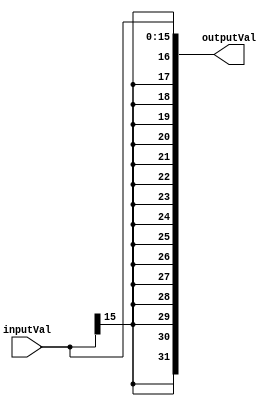
//************************************************************************************************************
//              Team: Atari VCS 
//              Members: Shahnaz Vatank
//                       Adrian Rodriguez                                                               
//                       Steven Cardenas
//                       Jazmin Munoz   
//              Code: teamatarivcs_cpu.v
//  		EE 4379 Computer Architecture                
//  		Lab #4: CPU Data Path and Control Path                                  
//************************************************************************************************************

// Sign extender
module signextend(input wire [15:0] inputVal, output wire [31:0] outputVal);

    assign outputVal = { {16{inputVal[15]}}, inputVal };

endmodule

// 32-bit 2 to 1 Multiplexer
module twotoonemux(input wire [31:0] input1, input wire [31:0] input2, input wire sel, output wire [31:0] outputval);

    assign outputval = (sel == 0) ? input1 : input2;

endmodule

// 32-bit 2 to 1 Multiplexer
module twotoonemux2(input wire [31:0] input1, input wire [31:0] input2, input wire sel, output wire [31:0] outputval);

    assign outputval = (sel == 0) ? input1 : input2;

endmodule

// 5-bit 2 to 1 Multiplexer
module twotoonemux_5bit(input wire [4:0] input1, input wire [4:0] input2, input wire sel, output wire [4:0] outputval);

    assign outputval = (sel == 0) ? input1 : input2;

endmodule

// Arithmetic Logic Unit
module alu(input wire [31:0] op1,input wire [31:0] op2,input wire [3:0] ctrl,output wire [31:0] result);

	assign result = (ctrl == 4'b0000) ? (op1 & op2) : ((ctrl == 4'b0001) ? (op1 | op2) : 
		((ctrl == 4'b0010) ? (op1 + op2) : ((ctrl == 4'b0110) ? (op1 - op2) : 
		((ctrl == 4'b0111) ? ((op1 < op2) ? 1 : 0) : ((ctrl == 4'b1100) ? (~(op1 | op2)) : (op1 + op2)) ) ) ) );

endmodule

// ALU Control
module alucontrol(input wire [5:0] func, input wire [1:0] aluOp, output wire [3:0] aluctrl);
        
		reg [3:0] aluSupport;
		
		always @ * begin    
        if(((func == 6'd32)&&(aluOp == 2'd2)) || (aluOp == 2'd0)) begin
        
            aluSupport = 4'd2; // Add or LW/SW
    
        end else if ((func == 6'd34)&&(aluOp == 2'd2)) begin
        
            aluSupport = 4'd6; // Subtract
        
        end else if ((func == 6'd36)&&(aluOp == 2'd2)) begin
        
            aluSupport = 4'd0; // AND
        
        end else if ((func == 6'd37)&&(aluOp == 2'd2)) begin
        
            aluSupport = 4'd1; // OR
        
        end else if ((func == 6'd39)&&(aluOp == 2'd2)) begin
        
            aluSupport = 4'd12; // NOR
        
        end else if ((func == 6'd42)&&(aluOp == 2'd2)) begin  
            aluSupport = 4'd7;  // SLT
        end   
    end 
	
	assign aluctrl = aluSupport;		

endmodule


// Register File
module registerfile(input wire rst, input wire [4:0] readReg1, input wire [4:0] readReg2, input wire [4:0] writeReg, 
    input wire [31:0] writeData, input wire regWrite, output reg [31:0] readData1, output reg [31:0] readData2);

    // Register file
    reg [31:0] register[31:0];

    integer i;

    always @(posedge rst)
    begin
        for(i=0;i<32;i=i+1)
        begin
            register[i] = 0;
        end
    end

    always @(readReg1)
    begin
        readData1 = register[readReg1];
    end

    always @(readReg2)
    begin
        readData2 = register[readReg2];
    end

    always @(posedge regWrite)
    begin
    	if(writeReg != 0)
        	register[writeReg] = writeData;
    end

endmodule

// Data Memory
module datamem(input wire rst, input wire [6:0] memAddr, input wire memRead, input wire memWrite, 
    input wire [31:0] writeData, output reg [31:0] readData);

    // Memory
    reg [31:0] memory[127:0];

    integer i;

    always @(posedge rst)
    begin
        for(i=0;i<128;i=i+1)
        begin
            memory[i] = 0;
        end
    end

    always @(posedge memRead)
    begin
        readData = memory[memAddr];
    end

    always @(posedge memWrite)
    begin
        memory[memAddr] = writeData;
    end

endmodule

// FSM portion of Control Path (RegWrite, MemRead, MemWrite)     
module controlpathfsm(input wire rst, input wire clk, input wire newInstruction, input wire [5:0] opcode, 
                        output reg _RegWrite, output reg _MemRead, output reg _MemWrite);
   
	reg[1:0] state; // State Indicator
	
	always @(posedge rst)
	begin
		_RegWrite = 0;
		_MemRead = 0;
		_MemWrite = 0;
	end
	
	always @(posedge newInstruction) // Reset FSM state to state 0
	begin
		state = 2'd0;
        _RegWrite = 0;
        _MemRead = 0;
        _MemWrite = 0;
	end
	
	always @(posedge clk)
	begin
		
		case(state)

			2'd0:	if (opcode==6'd0)  // add, sub, and, or
					begin
						_RegWrite = 1;
						_MemRead = 0;
						_MemWrite = 0;
						state = 2'd1;
					end
		
				else if (opcode==6'd35)  //lw 
					begin
						_MemRead = 1;					
						#1 _RegWrite = 1; // This happens after in the write back stage
						_MemWrite = 0;
						state = 2'd1;
					end
		
				else if (opcode==6'd43) //sw
					begin
						_RegWrite = 0;
						_MemRead = 0;
						_MemWrite = 1;					
						state = 2'd1;
					
					end
						
			4'd1: // Stay here until there is a new instruction
				begin
					state = 4'd1;
				end
			
		
	endcase
	end
			                     
endmodule

// Combinational logic portion of Control Path (MemToReg, RegDst, ALUSrc, ALUOp)
module controlpathcomb(input wire [5:0] opcode, output wire _MemToReg, 
                    output wire _RegDst, output wire _ALUSrc, output wire [1:0] _ALUOp);

reg memtoreg;
reg regdst;
reg alusrc;
reg[1:0] aluop;

 always @ * begin    

        if(opcode == 6'd0) //ALL R-Types, ADD, SUB, AND, and OR
        begin

        memtoreg   = 1'd0;
        regdst     = 1'd1;
        alusrc     = 1'd0;
        aluop      = 2'd2;
       
        end 

        else if(opcode == 6'd35) //LW
        begin
        
        memtoreg   = 1'd1;
        regdst     = 1'd0;
        alusrc     = 1'd1;
        aluop      = 2'd0;
       
        end 

        else if(opcode == 6'd43) //SW
        begin
        
        memtoreg   = 1'd0; //don't care
        regdst     = 1'd0; //don't care
        alusrc     = 1'd1;
        aluop      = 2'd0;
       
        end 
    end

assign  _MemToReg   = memtoreg;
assign  _RegDst     = regdst;
assign  _ALUSrc     = alusrc;
assign  _ALUOp      = aluop;
                    
endmodule

// The entire CPU without PC, instruction memory, and branch circuit
module mipscpu(input wire reset, input wire clock, input wire [31:0] instrword, input wire newinstr);

    wire rst = reset;   // Reset Signal
    wire clk = clock;   // Clock Signal
    wire newInstruction = newinstr;     // Used to signal a new instruction

    // Initializations
    
    // FSM Control Path
    wire [5:0] FSMOpcode = instrword[31:26];
    wire _RegWrite;
    wire _MemRead;
    wire _MemWrite;

    // Combination Logic Portion of Control path
    wire [5:0] CombOpcode = instrword[31:26];
    wire _MemToReg;
    wire _RegDst;
    wire _ALUSrc;
    wire [1:0] _ALUOp;

    // ALU Control
    wire [5:0] func = instrword[5:0];
    wire [1:0] aluOp = _ALUOp;
    wire [3:0] aluctrl;

    // Sign Extend 
    wire [15:0] inputVal = instrword[15:0];
    wire [31:0] outputVal;
    
    // 5-bit 2 to 1
    wire [4:0] mux_5in1 = instrword[20:16];
    wire [4:0] mux_5in2 = instrword[15:11];
    wire [4:0] outval_5;
    wire sel_5 = _RegDst;

    // Register File
    wire [4:0] readReg1 = instrword[25:21];
    wire [4:0] readReg2 = instrword[20:16];
    wire [4:0] writeReg = outval_5;
    wire regWrite = _RegWrite;
    wire [31:0] readData1;
    wire [31:0] readData2;

    // 32-bit 2 to 1 mux
    wire [31:0] mux_32in1 = readData2;
    wire [31:0] mux_32in2 = outputVal;
    wire [31:0] outval_32;
    wire sel_32 = _ALUSrc;

    // Arithmetic Logic Unit
    wire [31:0] op1 = readData1;
    wire [31:0] op2 = outval_32;
    wire [3:0] ctrl = aluctrl;
    wire [31:0] result;

    // Data Memory
    wire [6:0] memAddr = result;
    wire memRead = _MemRead;
    wire memWrite = _MemWrite;
    wire [31:0] writeDataMem = readData2;
    wire [31:0] readData;

    // 32-bit 2 to 1 mux
    wire [31:0] input1 = result;
    wire [31:0] input2 = readData;
    wire [31:0] writeData;
    wire sel = _MemToReg;

    // Module instantiations
    
    signextend signextend(inputVal, outputVal);  // sign extend module
    twotoonemux twotoonemux(mux_32in1, mux_32in2, sel_32, outval_32);    // First 32-bit twotoonemux module
    twotoonemux2 twotoonemux2(input1, input2, sel, writeData);   // 5-bit twotoonemux module
    twotoonemux_5bit twotoonemux_5bit(mux_5in1, mux_5in2, sel_5, outval_5); // Second 32-bit twotoonemux module
    alu alu(op1, op2, ctrl, result);    // Alu module 
    alucontrol alucontrol(func, aluOp, aluctrl);    // Alu control module 
    registerfile registerfile(rst, readReg1, readReg2, writeReg, writeData, regWrite, readData1, readData2);     // Register file module
    datamem myDataMem(rst, memAddr, memRead, memWrite, writeDataMem, readData);     // Data Memory module
    controlpathfsm controlpathfsm(rst, clk, newInstruction, FSMOpcode, _RegWrite, _MemRead, _MemWrite);     // Control Path FSM module
    controlpathcomb controlpathcomb(CombOpcode, _MemToReg, _RegDst, _ALUSrc, _ALUOp); // Control Path Combinational Logic Module
 
endmodule